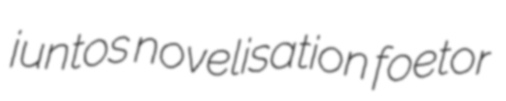
juntos novelisation foetor